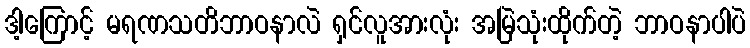
ဒါ့ကြောင့် မရဏသတိဘာဝနာလဲ ရှင်လူအားလုံး အမြဲသုံးထိုက်တဲ့ ဘာဝနာပါပဲ